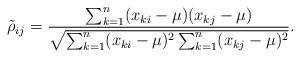
LaTeX: \begin{align*}\tilde{\rho}_{ij} = \frac{\sum_{k=1}^n(x_{ki}-\mu)(x_{kj}-\mu)}{\sqrt{ \sum_{k=1}^n(x_{ki}-\mu)^2 \sum_{k=1}^n(x_{kj}-\mu)^2 }}.\end{align*}